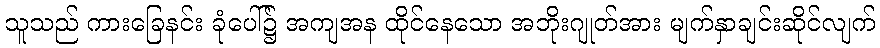
သူသည် ကားခြေနင်း ခုံပေါ်၌ အကျအန ထိုင်နေသော အဘိုးဂျုတ်အား မျက်နှာချင်းဆိုင်လျက်